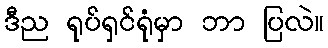
ဒီည ရုပ်ရှင်ရုံမှာ ဘာ ပြလဲ။